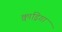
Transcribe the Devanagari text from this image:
क्वाड्रिगा